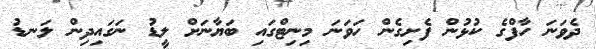
ދެވަނަ ހާފްގެ ކުޅުން ފެށިގެން ހަވަނަ މިނިޓްގައި ބަޔާނަށް ލީޑު ނަގައިދިން ލަނޑު